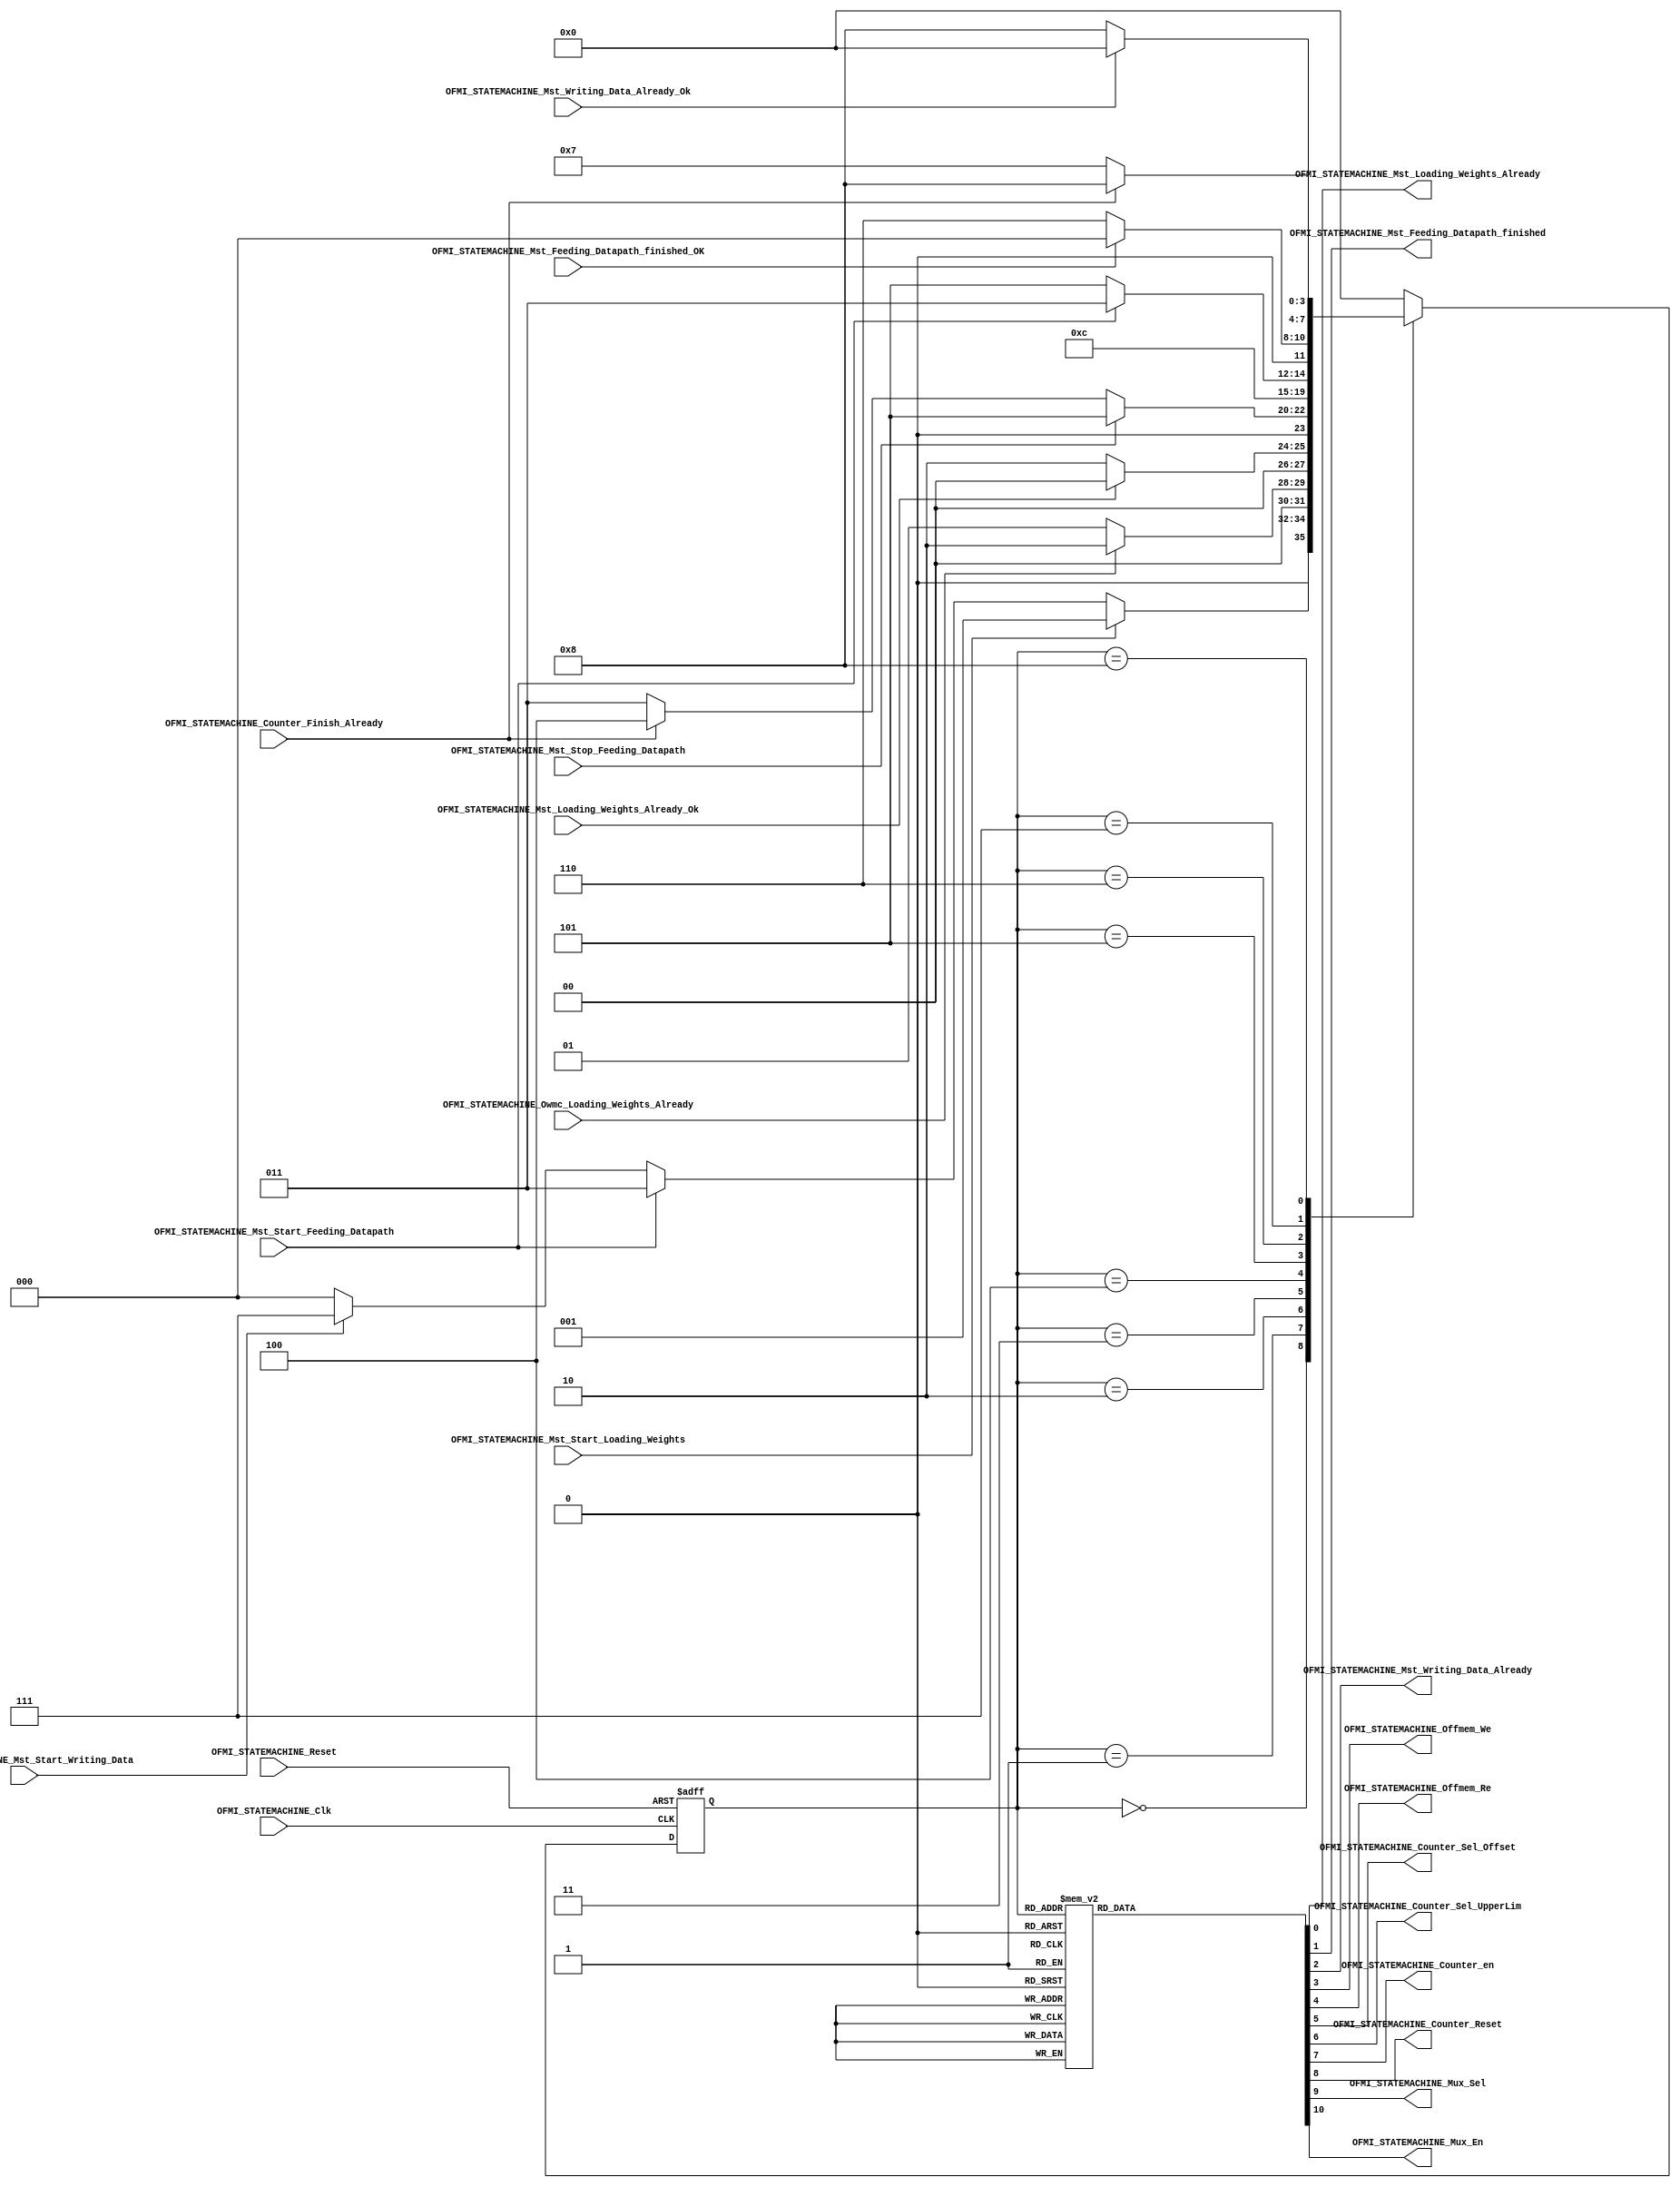
/*#########################################################################
//# Off-chip memory communication interface state machine 
//#########################################################################
//#
//# Copyright (C) 2021 Jose Maria Jaramillo Hoyos 
//# 
//# This program is free software: you can redistribute it and/or modify
//# it under the terms of the GNU General Public License as published by
//# the Free Software Foundation, either version 3 of the License, or
//# (at your option) any later version.
//#
//# This program is distributed in the hope that it will be useful,
//# but WITHOUT ANY WARRANTY; without even the implied warranty of
//# MERCHANTABILITY or FITNESS FOR A PARTICULAR PURPOSE.  See the
//# GNU General Public License for more details.
//#
//# You should have received a copy of the GNU General Public License
//# along with this program.  If not, see <https://www.gnu.org/licenses/>.
//#
//########################################################################*/

module OFMI_STATEMACHINE(

//////////// INPUTS //////////
OFMI_STATEMACHINE_Clk,
OFMI_STATEMACHINE_Reset,
OFMI_STATEMACHINE_Mst_Start_Loading_Weights,
OFMI_STATEMACHINE_Mst_Loading_Weights_Already_Ok,
OFMI_STATEMACHINE_Owmc_Loading_Weights_Already,
OFMI_STATEMACHINE_Mst_Start_Feeding_Datapath,
OFMI_STATEMACHINE_Mst_Stop_Feeding_Datapath,
OFMI_STATEMACHINE_Mst_Feeding_Datapath_finished_OK,
OFMI_STATEMACHINE_Mst_Start_Writing_Data,
OFMI_STATEMACHINE_Mst_Writing_Data_Already_Ok,
OFMI_STATEMACHINE_Counter_Finish_Already,

//////////// OUTPUTS //////////
OFMI_STATEMACHINE_Mst_Loading_Weights_Already,
OFMI_STATEMACHINE_Mst_Feeding_Datapath_finished,
OFMI_STATEMACHINE_Mst_Writing_Data_Already,
OFMI_STATEMACHINE_Offmem_We,
OFMI_STATEMACHINE_Offmem_Re,
OFMI_STATEMACHINE_Counter_Sel_Offset,
OFMI_STATEMACHINE_Counter_Sel_UpperLim,
OFMI_STATEMACHINE_Counter_en,
OFMI_STATEMACHINE_Counter_Reset,
OFMI_STATEMACHINE_Mux_Sel,
OFMI_STATEMACHINE_Mux_En

);

//=======================================================
//  State declarations
//=======================================================

localparam State_reset						= 0;
localparam State_loading_weights			= 1;
localparam State_Wait_Conf0				= 2;
localparam State_Feeding_Datapath		= 3;
localparam State_Feeding_Last				= 4;
localparam State_Stop_Feeding				= 5;
localparam State_Wait_Conf1				= 6;
localparam State_Writing					= 7;
localparam State_Wait_Conf2				= 8;

//=======================================================
//  PORT declarations
//=======================================================

input OFMI_STATEMACHINE_Clk;
input OFMI_STATEMACHINE_Reset;
input OFMI_STATEMACHINE_Mst_Start_Loading_Weights;
input OFMI_STATEMACHINE_Mst_Loading_Weights_Already_Ok;
input OFMI_STATEMACHINE_Owmc_Loading_Weights_Already;
input OFMI_STATEMACHINE_Mst_Start_Feeding_Datapath;
input OFMI_STATEMACHINE_Mst_Stop_Feeding_Datapath;
input OFMI_STATEMACHINE_Mst_Feeding_Datapath_finished_OK;
input OFMI_STATEMACHINE_Mst_Start_Writing_Data;
input OFMI_STATEMACHINE_Mst_Writing_Data_Already_Ok;
input OFMI_STATEMACHINE_Counter_Finish_Already;

output reg OFMI_STATEMACHINE_Mst_Loading_Weights_Already;
output reg OFMI_STATEMACHINE_Mst_Feeding_Datapath_finished;
output reg OFMI_STATEMACHINE_Mst_Writing_Data_Already;
output reg OFMI_STATEMACHINE_Offmem_We;
output reg OFMI_STATEMACHINE_Offmem_Re;
output reg OFMI_STATEMACHINE_Counter_Sel_Offset;
output reg OFMI_STATEMACHINE_Counter_Sel_UpperLim;
output reg OFMI_STATEMACHINE_Counter_en;
output reg OFMI_STATEMACHINE_Counter_Reset;
output reg OFMI_STATEMACHINE_Mux_Sel;
output reg OFMI_STATEMACHINE_Mux_En;

//=======================================================
//  REG/WIRE declarations
//=======================================================

reg [3:0] State_Register;
reg [3:0] State_Signal;


// Next state combinational logic
always @(*)
begin
	case (State_Register)
		
		State_reset: if(OFMI_STATEMACHINE_Mst_Start_Loading_Weights)
							State_Signal=State_loading_weights;
						 else if(OFMI_STATEMACHINE_Mst_Start_Feeding_Datapath)
							State_Signal=State_Feeding_Datapath;
						 else if(OFMI_STATEMACHINE_Mst_Start_Writing_Data)
							State_Signal=State_Writing;
						 else
							State_Signal=State_reset;
		
		State_loading_weights: if(OFMI_STATEMACHINE_Owmc_Loading_Weights_Already)
										State_Signal=State_Wait_Conf0;
									  else
										State_Signal=State_loading_weights;
										
										
		State_Wait_Conf0: if(OFMI_STATEMACHINE_Mst_Loading_Weights_Already_Ok)	
									State_Signal=State_reset;
								else
									State_Signal=State_Wait_Conf0;
		
		
		State_Feeding_Datapath: if(OFMI_STATEMACHINE_Mst_Stop_Feeding_Datapath)
											State_Signal=State_Stop_Feeding;
										else if(OFMI_STATEMACHINE_Counter_Finish_Already)
											State_Signal=State_Feeding_Last;
										else
											State_Signal=State_Feeding_Datapath;
		
		State_Feeding_Last:State_Signal=State_Wait_Conf1;
										
		State_Stop_Feeding: if(OFMI_STATEMACHINE_Mst_Start_Feeding_Datapath)
									State_Signal=State_Feeding_Datapath;
								  else
									State_Signal=State_Stop_Feeding;
									
		State_Wait_Conf1: if(OFMI_STATEMACHINE_Mst_Feeding_Datapath_finished_OK)
									State_Signal=State_reset;
								else
									State_Signal=State_Wait_Conf1;
								
		State_Writing: if(OFMI_STATEMACHINE_Counter_Finish_Already)
								State_Signal=State_Wait_Conf2;
							else
								State_Signal=State_Writing;
								
		State_Wait_Conf2: if(OFMI_STATEMACHINE_Mst_Writing_Data_Already_Ok)
									State_Signal=State_reset;
								else
									State_Signal=State_Wait_Conf2;
		
		default : State_Signal = State_reset;
									
	endcase
		
end


// Sequential Logic
always @ (negedge OFMI_STATEMACHINE_Clk , negedge OFMI_STATEMACHINE_Reset)
begin
	if (!OFMI_STATEMACHINE_Reset)
		State_Register <= State_reset;
	else
		State_Register <= State_Signal;
end

// COMBINATIONAL OUTPUT LOGIC
always @ (*)
begin
	
	case(State_Register)
		
		State_reset:
		begin
		
			OFMI_STATEMACHINE_Mst_Loading_Weights_Already=0;
			OFMI_STATEMACHINE_Mst_Feeding_Datapath_finished=0;
			OFMI_STATEMACHINE_Mst_Writing_Data_Already=0;
			OFMI_STATEMACHINE_Offmem_We=0;
			OFMI_STATEMACHINE_Offmem_Re=0;
			OFMI_STATEMACHINE_Counter_Sel_Offset=0;
			OFMI_STATEMACHINE_Counter_Sel_UpperLim=0;
			OFMI_STATEMACHINE_Counter_en=0;
			OFMI_STATEMACHINE_Counter_Reset=0;
			OFMI_STATEMACHINE_Mux_Sel=0;
			OFMI_STATEMACHINE_Mux_En=0;
		
		end
		
		State_loading_weights:
		begin
			
			OFMI_STATEMACHINE_Mst_Loading_Weights_Already=0;
			OFMI_STATEMACHINE_Mst_Feeding_Datapath_finished=0;
			OFMI_STATEMACHINE_Mst_Writing_Data_Already=0;
			OFMI_STATEMACHINE_Offmem_We=0;
			OFMI_STATEMACHINE_Offmem_Re=1;
			OFMI_STATEMACHINE_Counter_Sel_Offset=0;
			OFMI_STATEMACHINE_Counter_Sel_UpperLim=0;
			OFMI_STATEMACHINE_Counter_en=1;
			OFMI_STATEMACHINE_Counter_Reset=1;
			OFMI_STATEMACHINE_Mux_Sel=0;
			OFMI_STATEMACHINE_Mux_En=1;
		end
		
		State_Wait_Conf0:
		begin
		
			OFMI_STATEMACHINE_Mst_Loading_Weights_Already=1;
			OFMI_STATEMACHINE_Mst_Feeding_Datapath_finished=0;
			OFMI_STATEMACHINE_Mst_Writing_Data_Already=0;
			OFMI_STATEMACHINE_Offmem_We=0;
			OFMI_STATEMACHINE_Offmem_Re=0;
			OFMI_STATEMACHINE_Counter_Sel_Offset=0;
			OFMI_STATEMACHINE_Counter_Sel_UpperLim=0;
			OFMI_STATEMACHINE_Counter_en=0;
			OFMI_STATEMACHINE_Counter_Reset=0;
			OFMI_STATEMACHINE_Mux_Sel=0;
			OFMI_STATEMACHINE_Mux_En=0;
		end
		
		State_Feeding_Datapath:
		begin
		
			OFMI_STATEMACHINE_Mst_Loading_Weights_Already=0;
			OFMI_STATEMACHINE_Mst_Feeding_Datapath_finished=0;
			OFMI_STATEMACHINE_Mst_Writing_Data_Already=0;
			OFMI_STATEMACHINE_Offmem_We=0;
			OFMI_STATEMACHINE_Offmem_Re=1;
			OFMI_STATEMACHINE_Counter_Sel_Offset=1;
			OFMI_STATEMACHINE_Counter_Sel_UpperLim=0;
			OFMI_STATEMACHINE_Counter_en=1;
			OFMI_STATEMACHINE_Counter_Reset=1;
			OFMI_STATEMACHINE_Mux_Sel=1;
			OFMI_STATEMACHINE_Mux_En=1;
		end
			
		State_Stop_Feeding:
		begin
		
			OFMI_STATEMACHINE_Mst_Loading_Weights_Already=0;
			OFMI_STATEMACHINE_Mst_Feeding_Datapath_finished=0;
			OFMI_STATEMACHINE_Mst_Writing_Data_Already=0;
			OFMI_STATEMACHINE_Offmem_We=0;
			OFMI_STATEMACHINE_Offmem_Re=1;
			OFMI_STATEMACHINE_Counter_Sel_Offset=1;
			OFMI_STATEMACHINE_Counter_Sel_UpperLim=0;
			OFMI_STATEMACHINE_Counter_en=0;
			OFMI_STATEMACHINE_Counter_Reset=1;
			OFMI_STATEMACHINE_Mux_Sel=1;
			OFMI_STATEMACHINE_Mux_En=0;
			
		end
		
		State_Feeding_Last:
		begin
			OFMI_STATEMACHINE_Mst_Loading_Weights_Already=0;
			OFMI_STATEMACHINE_Mst_Feeding_Datapath_finished=0;
			OFMI_STATEMACHINE_Mst_Writing_Data_Already=0;
			OFMI_STATEMACHINE_Offmem_We=0;
			OFMI_STATEMACHINE_Offmem_Re=1;
			OFMI_STATEMACHINE_Counter_Sel_Offset=1;
			OFMI_STATEMACHINE_Counter_Sel_UpperLim=0;
			OFMI_STATEMACHINE_Counter_en=1;
			OFMI_STATEMACHINE_Counter_Reset=1;
			OFMI_STATEMACHINE_Mux_Sel=1;
			OFMI_STATEMACHINE_Mux_En=1;
		end
		
		State_Wait_Conf1:
		begin
		
			OFMI_STATEMACHINE_Mst_Loading_Weights_Already=0;
			OFMI_STATEMACHINE_Mst_Feeding_Datapath_finished=1;
			OFMI_STATEMACHINE_Mst_Writing_Data_Already=0;
			OFMI_STATEMACHINE_Offmem_We=0;
			OFMI_STATEMACHINE_Offmem_Re=0;
			OFMI_STATEMACHINE_Counter_Sel_Offset=0;
			OFMI_STATEMACHINE_Counter_Sel_UpperLim=0;
			OFMI_STATEMACHINE_Counter_en=0;
			OFMI_STATEMACHINE_Counter_Reset=0;
			OFMI_STATEMACHINE_Mux_Sel=0;
			OFMI_STATEMACHINE_Mux_En=0;
		end
		
		State_Writing:
		begin
			OFMI_STATEMACHINE_Mst_Loading_Weights_Already=0;
			OFMI_STATEMACHINE_Mst_Feeding_Datapath_finished=0;
			OFMI_STATEMACHINE_Mst_Writing_Data_Already=0;
			OFMI_STATEMACHINE_Offmem_We=1;
			OFMI_STATEMACHINE_Offmem_Re=0;
			OFMI_STATEMACHINE_Counter_Sel_Offset=0;
			OFMI_STATEMACHINE_Counter_Sel_UpperLim=1;
			OFMI_STATEMACHINE_Counter_en=1;
			OFMI_STATEMACHINE_Counter_Reset=1;
			OFMI_STATEMACHINE_Mux_Sel=0;
			OFMI_STATEMACHINE_Mux_En=0;
		end
		
		State_Wait_Conf2:
		begin
			OFMI_STATEMACHINE_Mst_Loading_Weights_Already=0;
			OFMI_STATEMACHINE_Mst_Feeding_Datapath_finished=0;
			OFMI_STATEMACHINE_Mst_Writing_Data_Already=1;
			OFMI_STATEMACHINE_Offmem_We=0;
			OFMI_STATEMACHINE_Offmem_Re=0;
			OFMI_STATEMACHINE_Counter_Sel_Offset=0;
			OFMI_STATEMACHINE_Counter_Sel_UpperLim=0;
			OFMI_STATEMACHINE_Counter_en=0;
			OFMI_STATEMACHINE_Counter_Reset=0;
			OFMI_STATEMACHINE_Mux_Sel=0;
			OFMI_STATEMACHINE_Mux_En=0;
		end
		
		default:
		begin
			OFMI_STATEMACHINE_Mst_Loading_Weights_Already=0;
			OFMI_STATEMACHINE_Mst_Feeding_Datapath_finished=0;
			OFMI_STATEMACHINE_Mst_Writing_Data_Already=0;
			OFMI_STATEMACHINE_Offmem_We=0;
			OFMI_STATEMACHINE_Offmem_Re=0;
			OFMI_STATEMACHINE_Counter_Sel_Offset=0;
			OFMI_STATEMACHINE_Counter_Sel_UpperLim=0;
			OFMI_STATEMACHINE_Counter_en=0;
			OFMI_STATEMACHINE_Counter_Reset=0;
			OFMI_STATEMACHINE_Mux_Sel=0;
			OFMI_STATEMACHINE_Mux_En=0;
		end
		
	endcase
	
end



endmodule